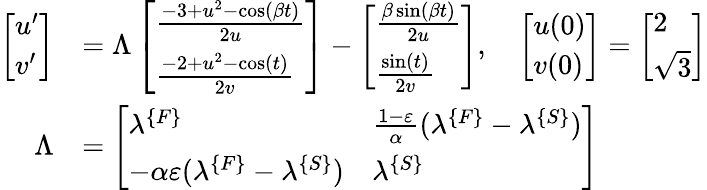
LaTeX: \begin{array}{rl}{\left[\begin{array}{l}{u^{\prime}}\\ {v^{\prime}}\end{array}\right]}&{=\Lambda\left[\begin{array}{l}{\frac{-3+u^{2}-\cos(\beta t)}{2u}}\\ {\frac{-2+u^{2}-\cos(t)}{2v}}\end{array}\right]-\left[\begin{array}{l}{\frac{\beta\sin(\beta t)}{2u}}\\ {\frac{\sin(t)}{2v}}\end{array}\right],\quad\left[\begin{array}{l}{u(0)}\\ {v(0)}\end{array}\right]=\left[\begin{array}{l}{2}\\ {\sqrt{3}}\end{array}\right]}\\ {\Lambda}&{=\left[\begin{array}{ll}{\lambda^{\{ F\} }}&{\frac{1-\varepsilon}{\alpha}(\lambda^{\{ F\} }-\lambda^{\{ S\} })}\\ {-\alpha\varepsilon(\lambda^{\{ F\} }-\lambda^{\{ S\} })}&{\lambda^{\{ S\} }}\end{array}\right]}\end{array}